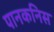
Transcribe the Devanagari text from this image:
पानकनिस